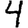
Digit: 4